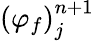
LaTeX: {\left(\varphi_{f}\right)}_{j}^{n+1}